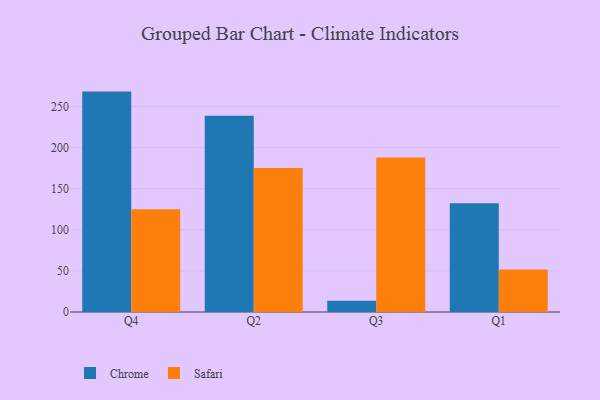
{"axis": {"x": "Quarter", "y": "Operating Costs (USD K)"}, "legend": ["Chrome", "Safari"], "data": [{"x": "Q4", "y": 268.2, "type": "Chrome"}, {"x": "Q4", "y": 125.0, "type": "Safari"}, {"x": "Q2", "y": 238.9, "type": "Chrome"}, {"x": "Q2", "y": 175.3, "type": "Safari"}, {"x": "Q3", "y": 13.8, "type": "Chrome"}, {"x": "Q3", "y": 187.9, "type": "Safari"}, {"x": "Q1", "y": 132.3, "type": "Chrome"}, {"x": "Q1", "y": 51.6, "type": "Safari"}]}